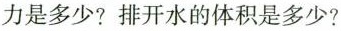
力是多少?排开水的体积是多少?